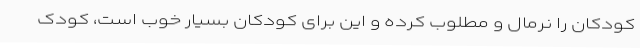
کودکان را نرمال و مطلوب کرده و این برای کودکان بسیار خوب است، کودک